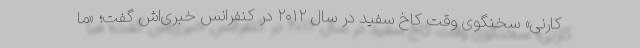
کارنی» سخنگوی وقت کاخ سفید در سال ۲۰۱۲ در کنفرانس خبری‌اش گفت؛ «ما